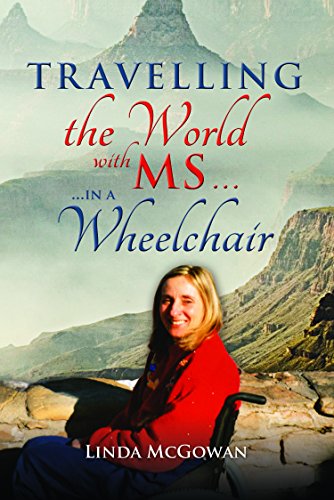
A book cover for Travelling the World With MS...: ...in a Wheelchair; Linda McGowan; Travel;